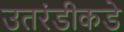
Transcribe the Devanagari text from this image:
उतरंडीकडे